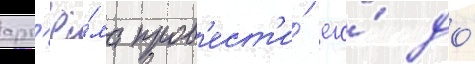
арт'ё́ма пров'ест'и́ его́ до́